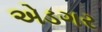
એડગર